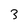
Character: 3